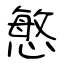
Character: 慜